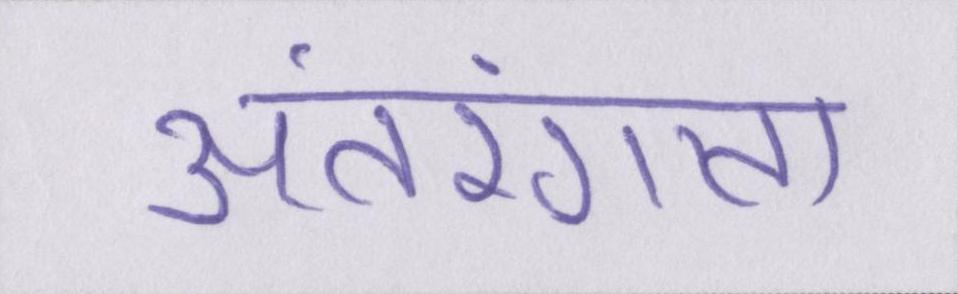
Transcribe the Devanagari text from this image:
अंतरंगता